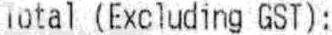
TOTAL (EXCLUDING GST) :